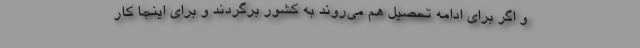
و اگر برای ادامه تحصیل هم می‌روند به کشور برگردند و برای اینجا کار